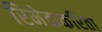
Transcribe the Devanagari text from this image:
रिमेककरिता